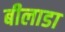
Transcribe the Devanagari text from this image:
बीलाडा